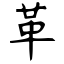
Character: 革